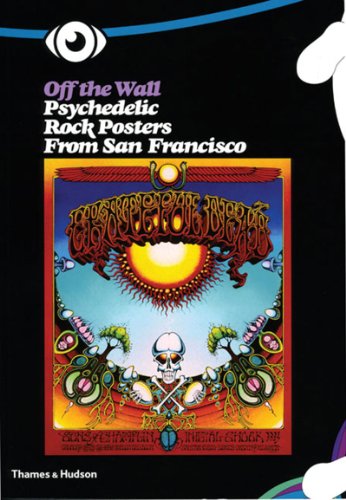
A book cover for Off the Wall: Psychedelic Rock Posters from San Francisco; Jean-Pierre Criqui; Crafts, Hobbies & Home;